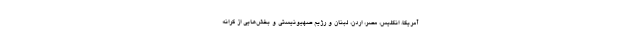
آمریکا، انگلیس، مصر، اردن، لبنان و رژیم صهیونیستی و بخش‌هایی از کرانه